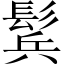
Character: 鬂